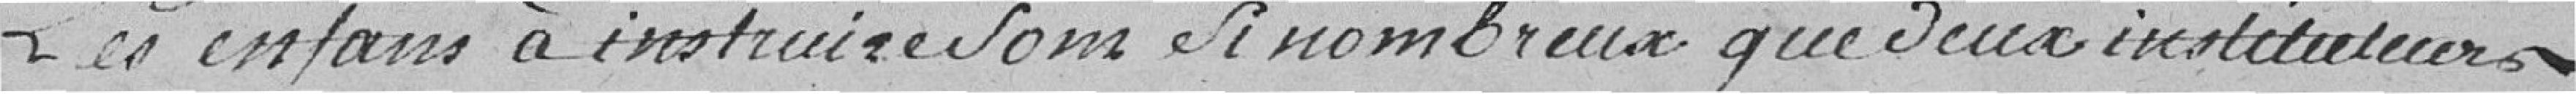
Les enfants à instruire sont nombreux que deux instituteurs